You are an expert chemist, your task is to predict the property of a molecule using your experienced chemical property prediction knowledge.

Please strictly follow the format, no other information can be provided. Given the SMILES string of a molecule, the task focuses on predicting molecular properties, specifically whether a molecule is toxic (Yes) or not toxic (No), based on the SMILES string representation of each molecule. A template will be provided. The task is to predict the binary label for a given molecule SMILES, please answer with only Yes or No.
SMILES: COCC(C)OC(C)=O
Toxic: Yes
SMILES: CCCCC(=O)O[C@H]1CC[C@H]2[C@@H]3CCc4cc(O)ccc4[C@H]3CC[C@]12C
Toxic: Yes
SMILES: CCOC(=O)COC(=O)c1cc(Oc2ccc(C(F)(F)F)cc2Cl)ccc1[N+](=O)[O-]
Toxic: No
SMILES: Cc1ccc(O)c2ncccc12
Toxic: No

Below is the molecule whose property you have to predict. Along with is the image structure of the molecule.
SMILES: CCC[C@H](N[C@@H](C)C(=O)N1[C@H](C(=O)O)C[C@@H]2CCCC[C@@H]21)C(=O)OCC
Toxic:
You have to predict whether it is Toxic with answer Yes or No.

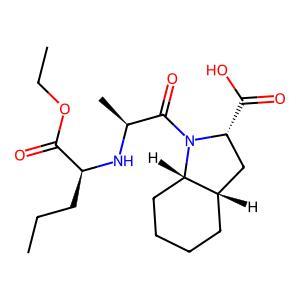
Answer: No